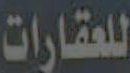
للعقارات